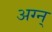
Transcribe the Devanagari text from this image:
अग्न्